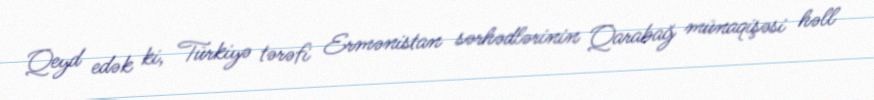
Qeyd edək ki, Türkiyə tərəfi Ermənistan sərhədlərinin Qarabağ münaqişəsi həll